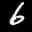
Label: 6